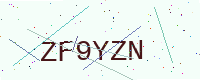
Text: ZF9YZN